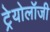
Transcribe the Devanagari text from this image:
ट्रेयोलॉजी